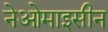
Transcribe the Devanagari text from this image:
नेओमाइसीन